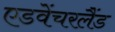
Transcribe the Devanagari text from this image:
एडवेंचरलैंड